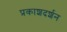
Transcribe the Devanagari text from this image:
प्रकाशदर्शन